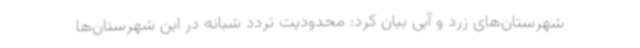
شهرستان‌های زرد و آبی بیان کرد: محدودیت تردد شبانه در این شهرستان‌ها